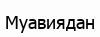
Муавиядан